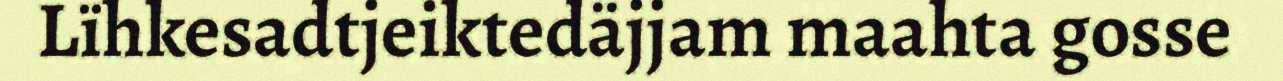
Lïhkesadtjeiktedäjjam maahta gosse